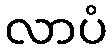
လာပံ